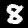
Label: 8